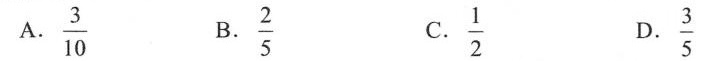
A. \frac{3}{10} B. \frac{2}{5} C.\frac{1}{2} D.\frac{3}{5}